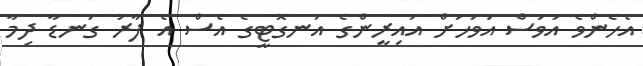
އެހެންވެ އަވަސް އަވަހަށް އައިރީންގެ އަނގޮޓީގެ އެސް އެ ފާރު ގަނޑާ ދިމާ